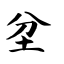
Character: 坌